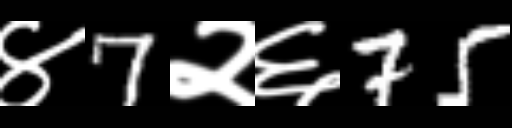
Text: ४7२६75